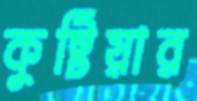
কুষ্টিয়ার